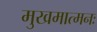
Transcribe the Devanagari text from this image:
मुखमात्मनः